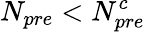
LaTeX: N_{pre}<N_{pre}^{c}